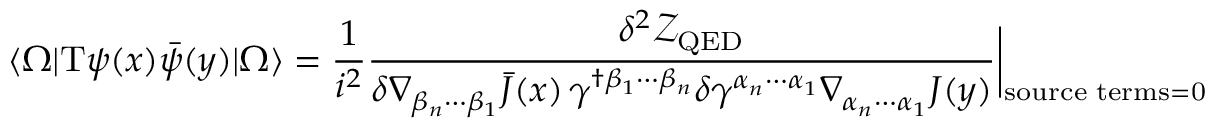
\langle \Omega | \mathrm { T } \psi ( x ) \bar { \psi } ( y ) | \Omega \rangle = \frac { 1 } { i ^ { 2 } } \frac { \delta ^ { 2 } \mathcal { Z } _ { \mathrm { Q E D } } } { \delta \nabla _ { \beta _ { n } \cdots \beta _ { 1 } } \bar { J } ( x ) \, \gamma ^ { \dagger \beta _ { 1 } \cdots \beta _ { n } } \delta \gamma ^ { \alpha _ { n } \cdots \alpha _ { 1 } } \nabla _ { \alpha _ { n } \cdots \alpha _ { 1 } } J ( y ) } \bigg \vert _ { \mathrm { s o u r c e \, \, t e r m s = 0 } }